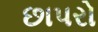
છાપરો